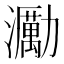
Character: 𤄆